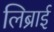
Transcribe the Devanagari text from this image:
लिब्राई